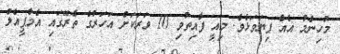
މުހިންމު އެއް ފިޔަވަޅެވެ. މިއީ ފާއިތުވި 10 ވަރަކަށް އަހަރުގެ ތެރޭގައި އެމްޕީއެލް